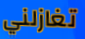
تغازلني